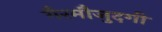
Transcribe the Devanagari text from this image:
गैरमौजुदगी